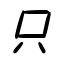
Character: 只